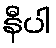
နီပါ